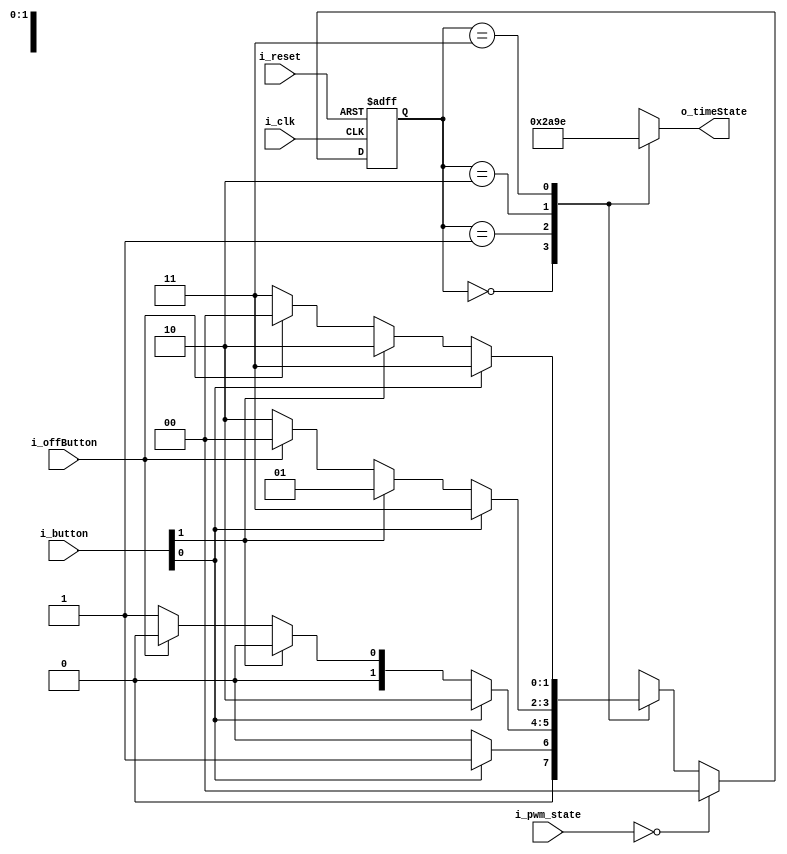
`timescale 1ns / 1ps
//////////////////////////////////////////////////////////////////////////////////
// Company: 
// Engineer: 
// 
// Design Name: 
// Module Name: FSM_Time
// Project Name: 
// Target Devices: 
// Tool Versions: 
// Description: 
// 
// Dependencies: 
// 
// Revision:
// Revision 0.01 - File Created
// Additional Comments:
// 
//////////////////////////////////////////////////////////////////////////////////


module FSM_Time(
    input i_clk, i_reset,
    input [1:0] i_button,
    input i_offButton,
    input [2:0] i_pwm_state,
    output [4:0] o_timeState
    );

    parameter TRUE = 1'b1, FALSE = 1'b0;
    parameter TIME0 = 2'b00, TIME1 = 2'b01, TIME2 = 2'b10, TIME3 = 2'b11;
    reg [1:0] curState= TIME0, nextState;
    reg [4:0] r_timeState = 5'd0, time_curState, time_prevState = 0;
    assign o_timeState = r_timeState;

    always @(posedge i_clk or posedge i_reset) begin
        if(i_reset) begin
            curState <= TIME0;
        end
        else begin
            if(i_pwm_state == 0) begin
                curState <= TIME0;
            end
            else curState <= nextState;
        end
    end

    always @(curState or i_clk or i_button or i_offButton) begin
        case (curState)
            TIME0 :
            if(i_button[0] == TRUE) begin
                nextState <= TIME1;
            end
            else if(i_offButton == TRUE) begin
                nextState <= TIME0;
            end
            else nextState <= TIME0;

            TIME1 :
            if(i_button[0] == TRUE) begin
                nextState <= TIME2;
            end
            else if(i_button[1] == TRUE) begin
                nextState <= TIME0;
            end
            else if(i_offButton == TRUE) begin
                nextState <= TIME0;
            end
            else nextState <= TIME1;

            TIME2 :
            if(i_button[0] == TRUE) begin
                nextState <= TIME3;
            end
            else if(i_button[1] == TRUE) begin
                nextState <= TIME1;
            end
            else if(i_offButton == TRUE) begin
                nextState <= TIME0;
            end
            else nextState <= TIME2;

            TIME3 :
            if(i_button[0] == TRUE) begin
                nextState <= TIME3;
            end
            else if(i_button[1] == TRUE) begin
                nextState <= TIME2;
            end
            else if(i_offButton == TRUE) begin
                nextState <= TIME0;
            end
            else nextState <= TIME3;
            
            default: nextState <= TIME0;
        endcase
    end

    always @(curState) begin
        case(curState)
        TIME0 : r_timeState <= 5'd0;
        TIME1 : r_timeState <= 5'd10;
        TIME2 : r_timeState <= 5'd20;
        TIME3 : r_timeState <= 5'd30;
        endcase
    end
endmodule